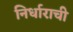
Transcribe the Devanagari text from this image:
निर्धाराची